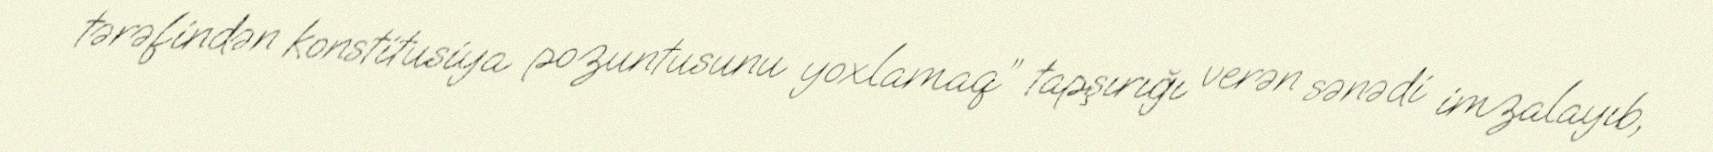
tərəfindən konstitusiya pozuntusunu yoxlamaq” tapşırığı verən sənədi imzalayıb,